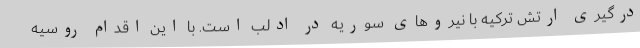
درگیری ارتش ترکیه با نیروهای سوریه در ادلب است. با این اقدام روسیه